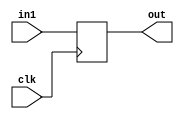
module dflop(
	input in1,
	input clk,
	output out
    );
	 
reg out;

always @(posedge clk) begin
	out <= in1;
end


endmodule